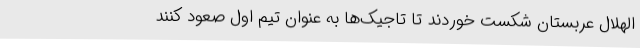
الهلال عربستان شکست خوردند تا تاجیک‌ها به عنوان تیم اول صعود کنند